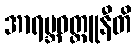
အာရမ္ဘဝတ္ထူနီတိ